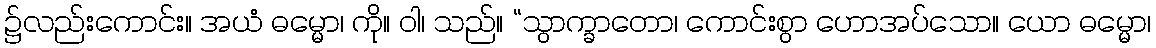
၌လည်းကောင်း။ အယံ ဓမ္မော၊ ကို။ ဝါ၊ သည်။ “သွာက္ခာတော၊ ကောင်းစွာ ဟောအပ်သော။ ယော ဓမ္မော၊